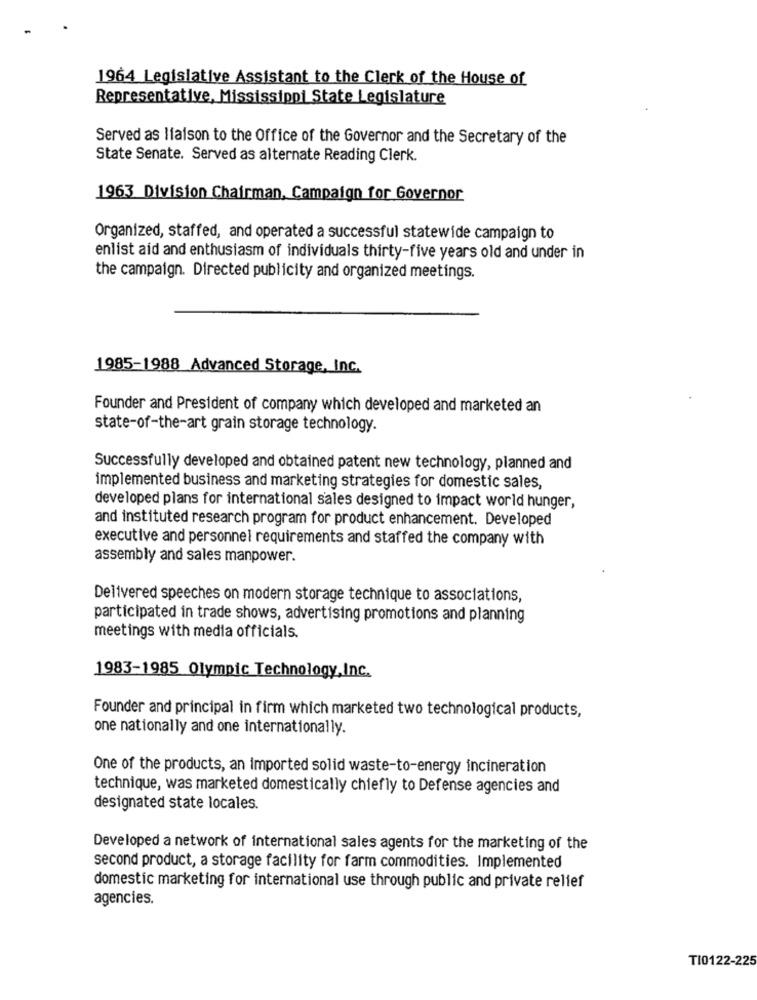
1964 Legislative Assistant to the Clerk of the House of
Representative, Mississippi State Legislature
Served as liaison to the Office of the Governor and the Secretary of the
State Senate. Served as alternate Reading Clerk.
1963 Division Chairman, Campaign for Governor
Organized, staffed, and operated a successful statewide campaign to
enlist aid and enthusiasm of individuals thirty-five years old and under in
the campaign. Directed publicity and organized meetings.
1985-1988 Advanced Storage, Inc.
Founder and President of company which developed and marketed an
state-of-the-art grain storage technology.
Successfully developed and obtained patent new technology, planned and
implemented business and marketing strategies for domestic sales,
developed plans for international sales designed to impact world hunger,
and instituted research program for product enhancement. Developed
executive and personnel requirements and staffed the company with
assembly and sales manpower.
Delivered speeches on modern storage technique to associations,
participated in trade shows, advertising promotions and planning
meetings with media officials.
1983-1985 Olympic Technology,Inc.
Founder and principal in firm which marketed two technological products,
one nationally and one internationally.
One of the products, an imported solid waste-to-energy incineration
technique, was marketed domestically chiefly to Defense agencies and
designated state locales.
Developed a network of international sales agents for the marketing of the
second product, a storage facility for farm commodities. Implemented
domestic marketing for international use through public and private relief
agencies.
TI0122-225